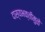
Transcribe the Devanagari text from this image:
दास्यभक्तीमुळे